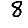
Digit: 8